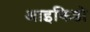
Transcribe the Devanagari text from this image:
आइकिडो